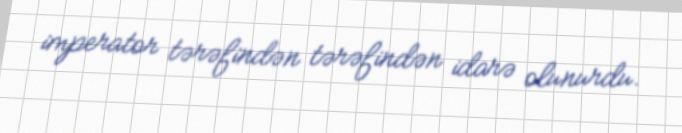
imperator tərəfindən tərəfindən idarə olunurdu.